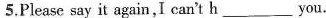
5.Please say it again,I can't h ___ you.